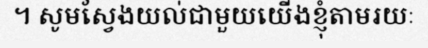
។ សូមស្វែងយល់ជាមួយយើងខ្ញុំតាមរយៈ